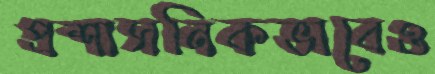
প্রশাসনিকভাবেও